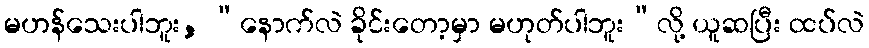
မဟန်သေးပါဘူး, “နောက်လဲ ခိုင်းတော့မှာ မဟုတ်ပါဘူး”လို့ ယူဆပြီး ထပ်လဲ